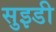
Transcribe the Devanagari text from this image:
सुइडी